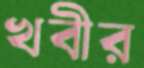
খবীর